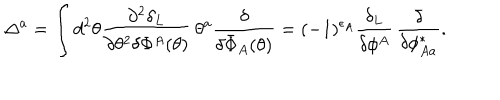
LaTeX: \Delta ^ { a } = \int d ^ { 2 } \theta \frac { \partial ^ { 2 } \delta _ { L } } { \partial \theta ^ { 2 } \delta \Phi ^ { A } ( \theta ) } \, \theta ^ { a } \frac { \delta } { \delta \bar { \Phi } _ { A } ( \theta ) } = ( - 1 ) ^ { \epsilon _ { A } } \frac { \delta _ { L } } { \delta \phi ^ { A } } \, \frac { \delta } { \delta \phi _ { A a } ^ { * } } .